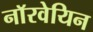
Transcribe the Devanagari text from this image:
नाॅरवेयिन